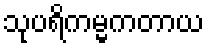
သုပရိကမ္မကတာယ